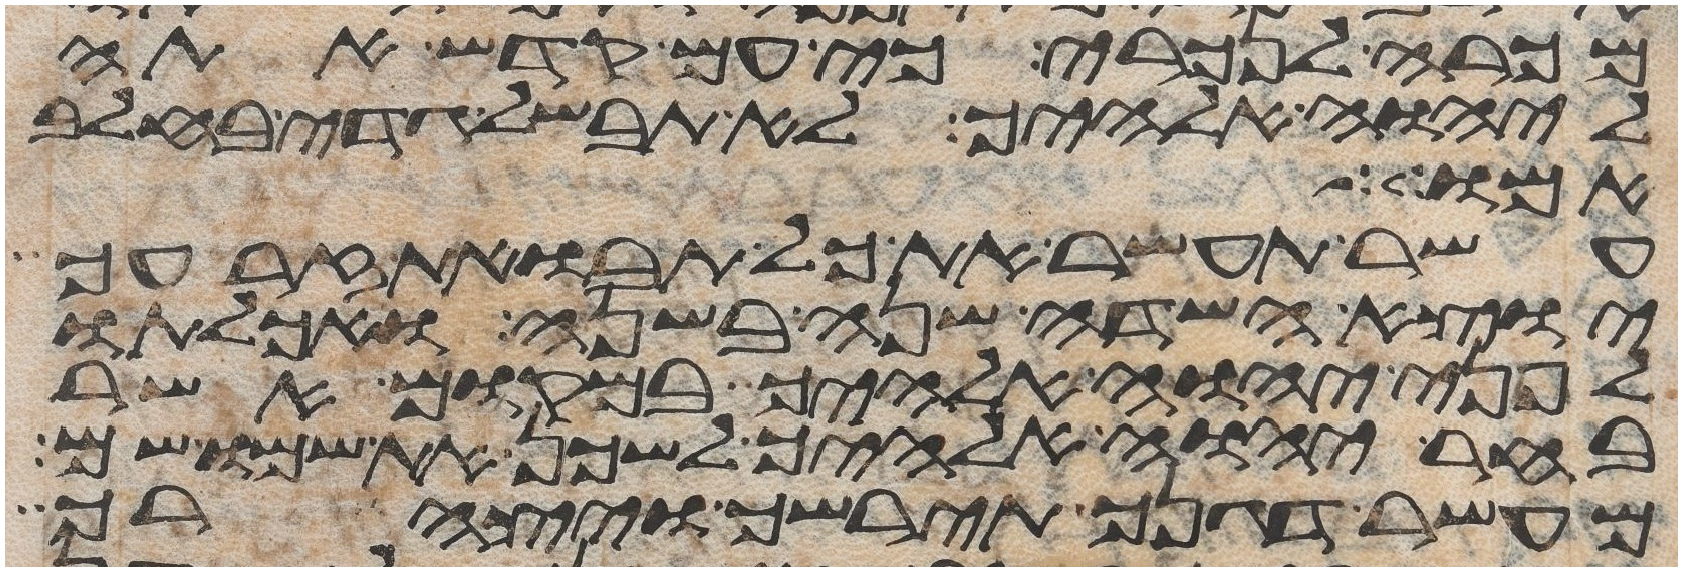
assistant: מכרה לנכרי כי עם קדש אתה
ליהוה אלהיך לא תבשל גדי בחלב
אמותה
עשר תעשר את כל תבואת זרעך
יוצא השדה שנה בשנה ואכלתו
לפני יהוה אלהיך במקום אשר
בחר יהוה אלהיך לשכן את שמו שם
מעשר דגנך תירשך ויצהרך